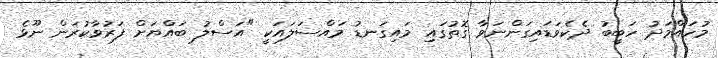
މުހައްމަދު ހަބީބު ދެކެވަޑައިގަންނަވާ ގޮތުގައި މައިގަނޑު މައްސަލައަކީ "އަސްލު ބައްޔަށް ފަރުވާކުރަން ނޫޅެ